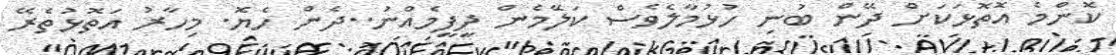
ކޮންމެ އަޮތޮޅަކަށް ދޭން ބުނި ހުޅުމާލެވެސް ކަލަޭމެން ދީފީމެއްނު..ދެން ހެޔޮ. މިހާރު އަތޮޅުތެރޭ